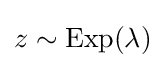
z\sim {\text{Exp}}(\lambda )